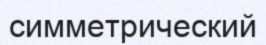
симметрический